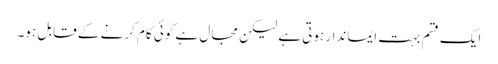
ایک قسم بہت ایماندار ہوتی ہے لیکن مجال ہے کوئی کام کرنے کے قابل ہو۔